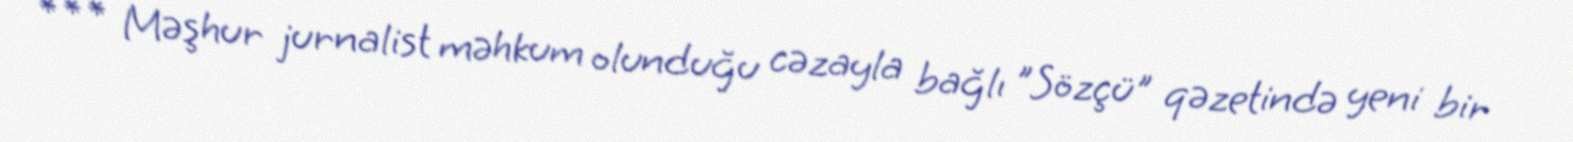
*** Məşhur jurnalist məhkum olunduğu cəzayla bağlı "Sözçü" qəzetində yeni bir